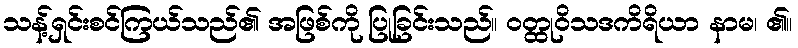
သန့်ရှင်းစင်ကြယ်သည်၏ အဖြစ်ကို ပြုခြင်းသည်။ ဝတ္ထုဝိသဒကိရိယာ နာမ၊ ၏။